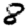
Digit: 8